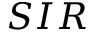
S I R